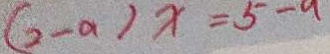
( 2 - a ) x = 5 - a